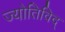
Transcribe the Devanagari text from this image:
ज्योतिविद्